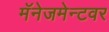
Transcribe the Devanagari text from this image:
मॅनेजमेन्टवर